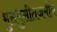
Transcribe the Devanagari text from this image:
भुसभुसीतजमीन